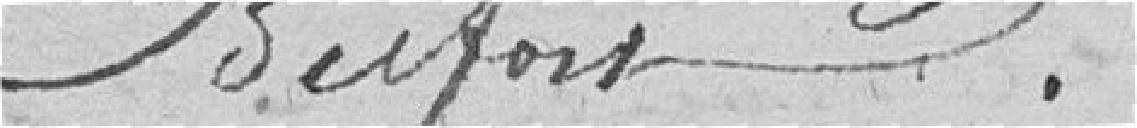
Belfort.